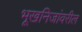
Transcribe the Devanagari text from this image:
भूखनिजांवरील